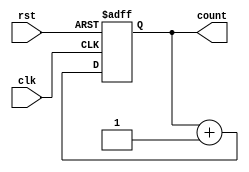
/*
Eduardo Augusto Ribeiro Duenas - 2017011086 - Turma 2
Jackson Galdino Da Silveira    - 2018010136 - Turma 1
Jean Tan Li                    - 2018000069 - Turma 1
*/

module pc (
	input rst, clk,
	output reg [9:0] count
);

	always @ (posedge clk or negedge rst)									
			if (~rst) 
				count <= 10'b0;
			else 
				count <= count + 1'b1;
	
endmodule